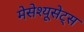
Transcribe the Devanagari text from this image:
मेसेश्यूसेट्स